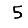
Digit: 5